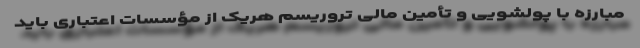
مبارزه با پولشویی و تأمین مالی تروریسم هریک از مؤسسات اعتباری باید